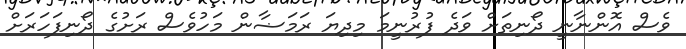
ވެސް އޮންނާނީ ދޯނިތަށް ވަދެ ފުރުނީމަ މިދިޔަ ރަމަޟާން މަހުވެސް ރަށުގެ ދޯނިފަހަރަށް